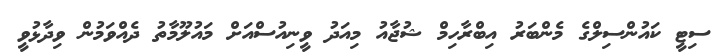
ސިޓީ ކައުންސިލްގެ މެންބަރު އިބްރާހިމް ޝުޖާއު މިއަދު ވީނިއުސްއަށް މައުލޫމާތު ދެއްވަމުން ވިދާޅުވީ